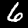
Label: 6